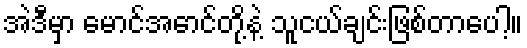
အဲဒီမှာ မောင်အောင်တို့နဲ့ သူငယ်ချင်းဖြစ်တာပေါ့။